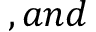
, a n d